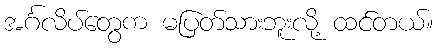
အင်္ဂလိပ်တွေက မပြတ်သားဘူးလို့ ထင်တယ်။